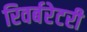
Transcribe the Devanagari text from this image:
रिवर्बरेटरी